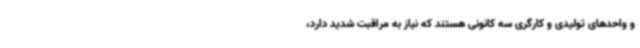
و واحدهای تولیدی و کارگری سه کانونی هستند که نیاز به مراقبت شدید دارد،